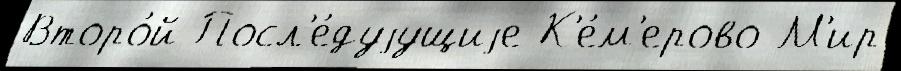
Второ́й Посл'е́дуjущиjе К'е́м'ерово М'ир